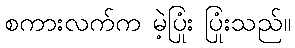
စကားလက်က မဲ့ပြုံး ပြုံးသည်။